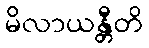
မိလာယန္တီတိ